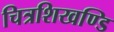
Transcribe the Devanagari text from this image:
चित्रशिखण्डि